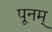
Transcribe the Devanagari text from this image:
पूनम्